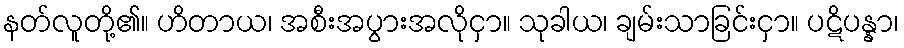
နတ်လူတို့၏။ ဟိတာယ၊ အစီးအပွားအလိုငှာ။ သုခါယ၊ ချမ်းသာခြင်းငှာ။ ပဋိပန္နာ၊